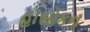
હાસોકન